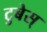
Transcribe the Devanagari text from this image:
टुबेस्